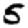
Digit: 5